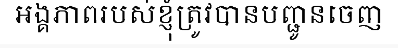
អង្គភាពរបស់ខ្ញុំត្រូវបានបញ្ជូនចេញ